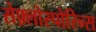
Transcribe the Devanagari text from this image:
सेफ़्लोस्पोरिन्स